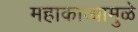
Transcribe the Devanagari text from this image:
महाकाव्यामुळे